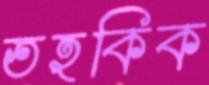
তহকিক